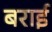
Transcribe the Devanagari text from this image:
बराई